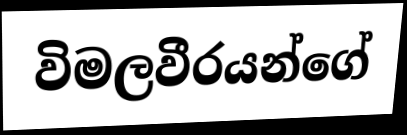
විමලවීරයන්ගේ